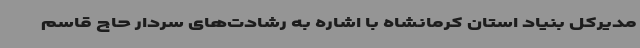
مدیرکل بنیاد استان کرمانشاه با اشاره به رشادت‌های سردار حاج قاسم